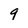
Character: 9